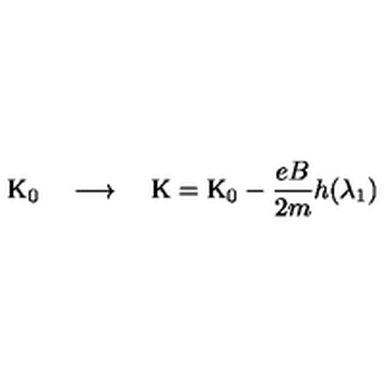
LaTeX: \mathrm { K } _ { 0 } \quad \longrightarrow \quad \mathrm { K } = \mathrm { K } _ { 0 } - \frac { e B } { 2 m } h ( \lambda _ { 1 } )